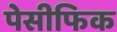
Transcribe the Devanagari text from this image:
पेसीफिक